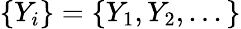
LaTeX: \{ Y_{i}\} =\{ Y_{1},Y_{2},...\}